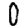
Digit: 0